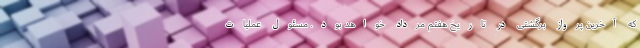
که آخرین پرواز برگشتی در تاریخ هفتم مرداد خواهد بود. مسئول عملیات